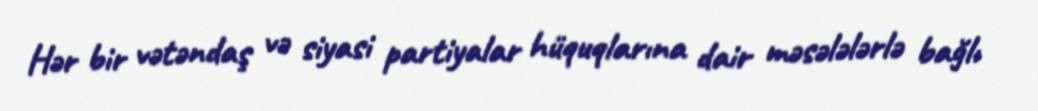
Hər bir vətəndaş və siyasi partiyalar hüquqlarına dair məsələlərlə bağlı